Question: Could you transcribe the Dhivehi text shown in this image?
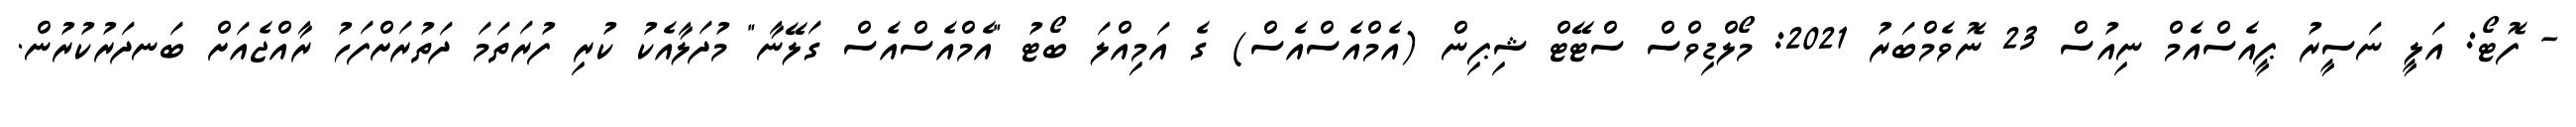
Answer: - ފޮޓޯ: އަލީ ނަސީރު ޕީއެސްއެމް ނިއުސް 23 ނޮވެމްބަރު 2021: މޯލްޑިވްސް ސްޓޭޓް ޝިޕިން (އެމްއެސްއެސް) ގެ އަމިއްލަ ބޯޓު "އެމްއެސްއެސް ގަލޭނާ" މުދަލާއެކު ކުރި ފުރަތަމަ ދަތުރަށްފަހު ރާއްޖެއަށް ބަނދަރުކުރުން.